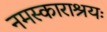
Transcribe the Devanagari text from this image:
नमस्काराश्रयः